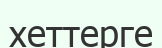
хеттерге